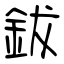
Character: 鈸